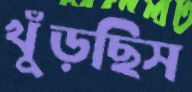
খুঁড়ছিস